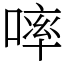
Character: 𠻜